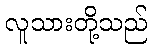
လူသားတို့သည်